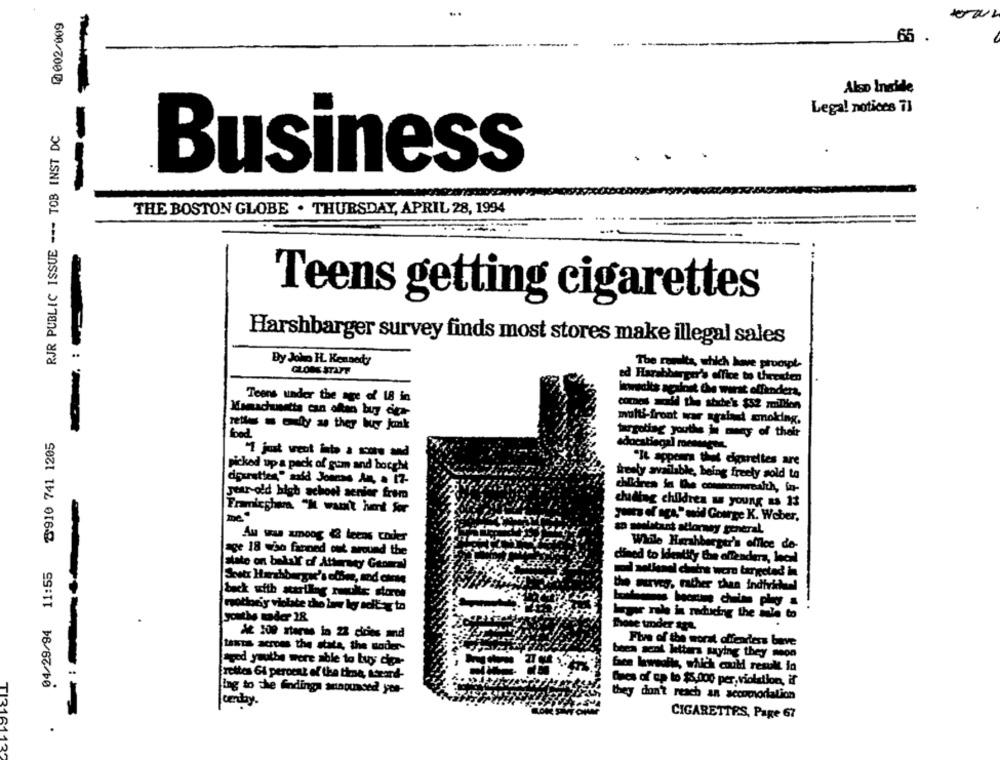
0002/009
65 .
Also Inside
Legal notices 71
RJR PUBLIC ISSUE --- TOB INST DC
Business
THE BOSTON GLOBE . THURSDAY, APRIL 28, 1994
---
Teens getting cigarettes
Harshbarger survey finds most stores make illegal sales
By John H. Kennedy
The romita, which have proospt-
ed Harabb
er's office to theexten
Innsats against the warst offenders,
Teens under the age of 18 in
cores said the state's $52 mmillion
Mamachusetts can often buy der-
nelle m only as they Muy jonk
multi-front war agalad smoking,
targeting youths in many of their
8910 741 1205
adocatiegal mennegen.
"1 just went into a sote and
"It appear the cigarettes are
picked up a pack of guan and bocht
freely available, being freety sold to
doursties," said Jonens A, . 17-
year-old high school senior from
children in the commonwealth, in-
duiding children a young as 13
Framingham "I wait het for
yours of aça," said George K. Weber.
to seelatant attorney general.
Au was among && teens coder
While Hershberger's office de-
age 18 who fanned out around the
04/29/94 11:55
dined to Identify die offenders, local
state on behalf of Atterey Gtomal
Scotx Harshbergsc's cosme, and chese
back with acarilag roulle stores
the survey. rather than individhel
imothey violate chio lawe by soft- to
hopper role in reducing the ile to
youths mader 18
Choose tander are,
A2 100 steres in 22 cicies and
Laktas across the state, the moder-
Fire of the worst offearless bave
been sent letters saying they moon
Apod youthe were able to buy dea-
free lewwealle, which could result la
freites 61 percent of the time, iocard-
Gres of up to $5,000 per violation, if
lag to the findings announced yos-
they don't reach an accomodation
TI31
centay.
CIGARETTES, Page 67
8112